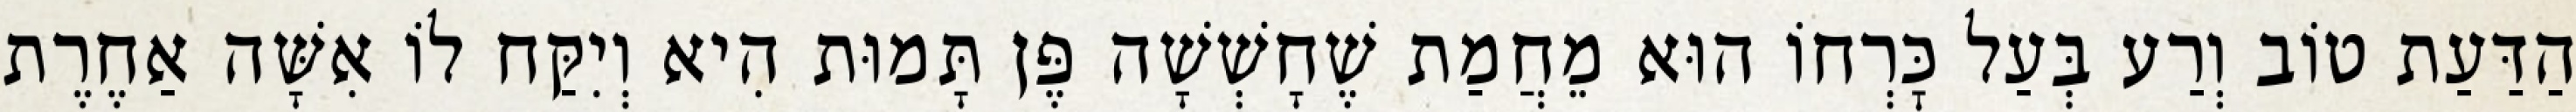
הַדַּעַת טוֹב וְרַע בְּעַל כׇּרְחוֹ הוּא מֵחֲמַת שֶׁחָשְׁשָׁה פֶּן תָּמוּת הִיא וְיִקַּח לוֹ אִשָּׁה אַחֶרֶת